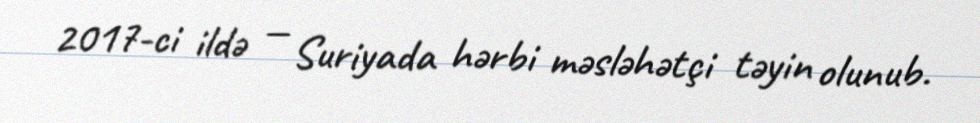
2017-ci ildə — Suriyada hərbi məsləhətçi təyin olunub.